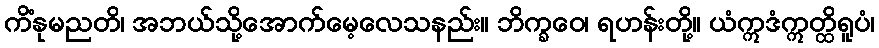
ကိံနုမညတိ၊ အဘယ်သို့အောက်မေ့လေသနည်း။ ဘိက္ခဝေ၊ ရဟန်းတို့။ ယံဣဒံဣတ္ထိရူပံ၊